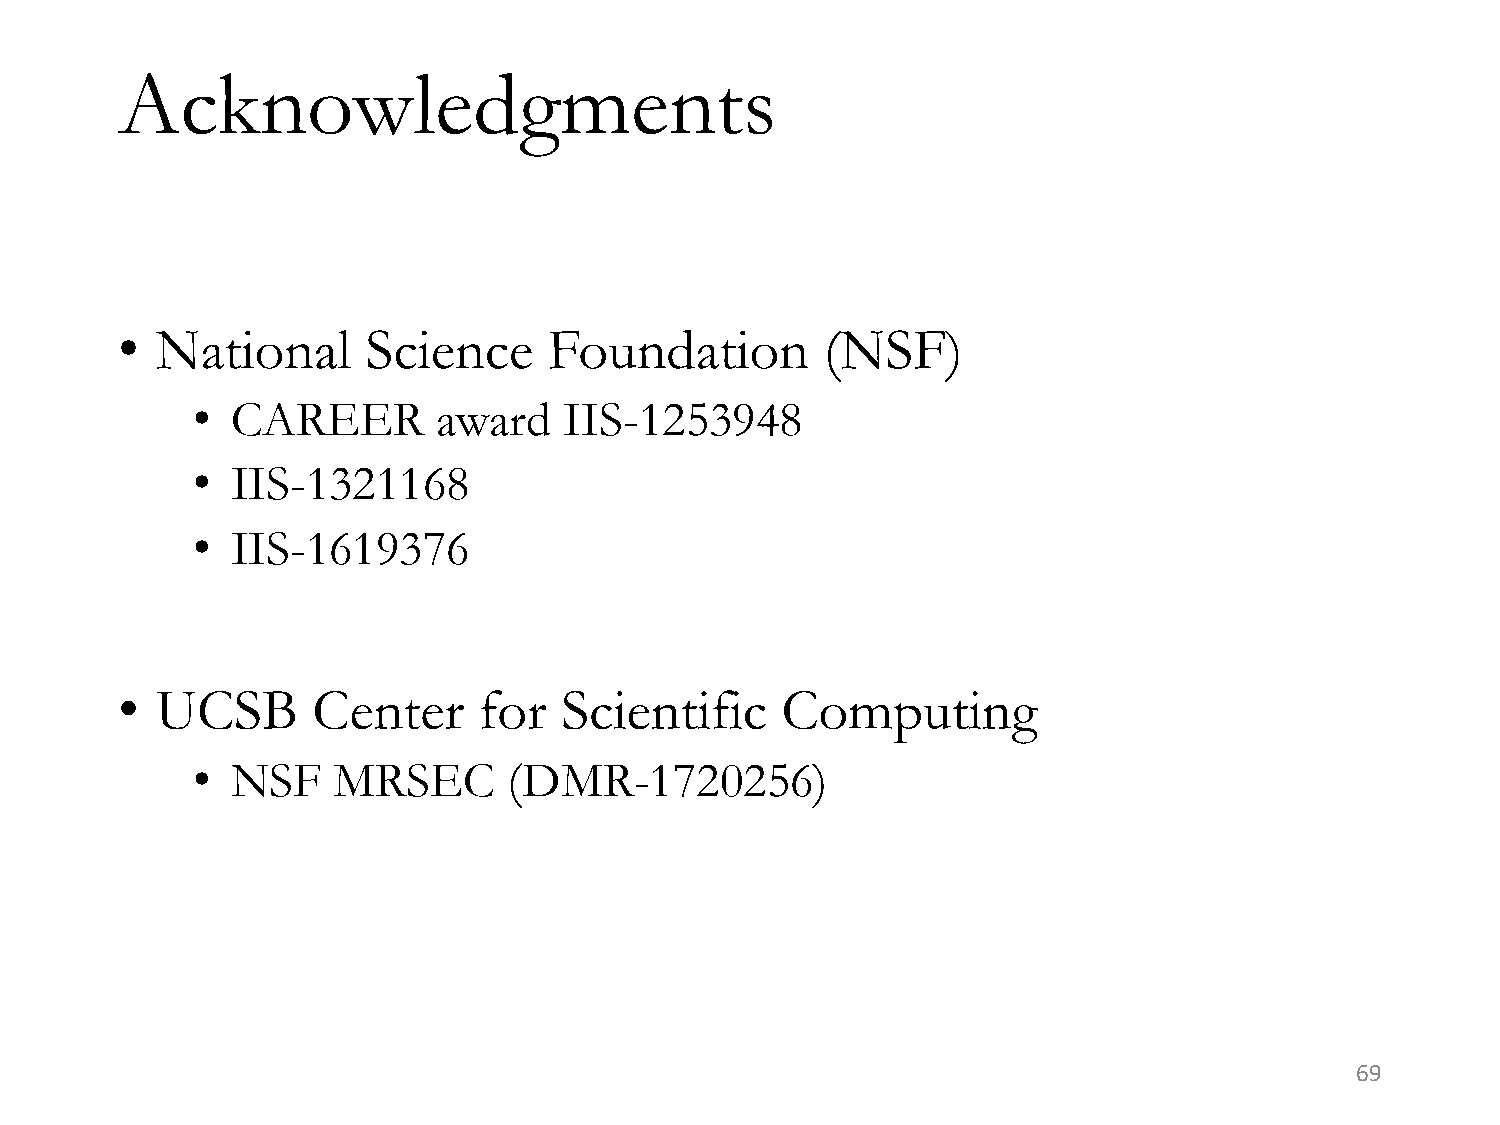
Acknowledgments
 • National      Science     Foundation         (NSF)
 • CAREER        award   IIS-1253948
 • IIS-1321168
 • IIS-1619376
 • UCSB       Center     for  Scientific     Computing
 • NSF    MRSEC       (DMR-1720256)
 69